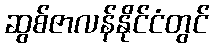
ဆွစ်ဇာလန်နိုင်ငံတွင်